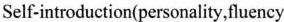
Self-introduction(personality,fluency)